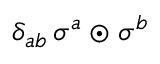
\delta _ { a b } \, \sigma ^ { a } \odot \sigma ^ { b }